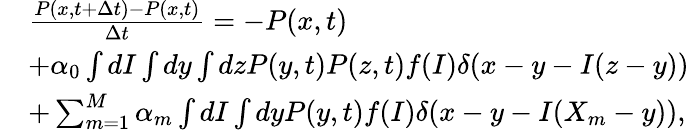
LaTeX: \begin{array}{rl}&{\frac{P(x,t+\Delta t)-P(x,t)}{\Delta t}=-P(x,t)}\\ &{+\alpha_{0}\int dI\int dy\int dzP(y,t)P(z,t)f(I)\delta(x-y-I(z-y))}\\ &{+\sum_{m=1}^{M}\alpha_{m}\int dI\int dyP(y,t)f(I)\delta(x-y-I(X_{m}-y)),}\end{array}